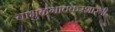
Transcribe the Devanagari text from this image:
बाभुळगावकरशास्त्री